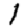
Digit: 1